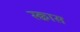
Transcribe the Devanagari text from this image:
स्क्वास